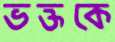
ভক্তকে